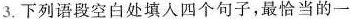
3.下列语段空白处填入四个句子，最恰当的一